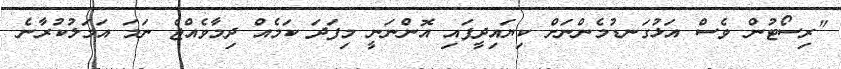
"ރިސޯޓުން ވެސް އަޅުގަނޑުމެންނަށް ކިޔައިދީފައި އޮންނަނީ މިފަދަ ކަމެއް ދިމާވެއްޖެ ނަމަ އަމަލުކުރާނެ